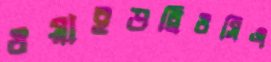
ওয়াইডব্লিওসিএ